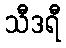
သီဒရီ